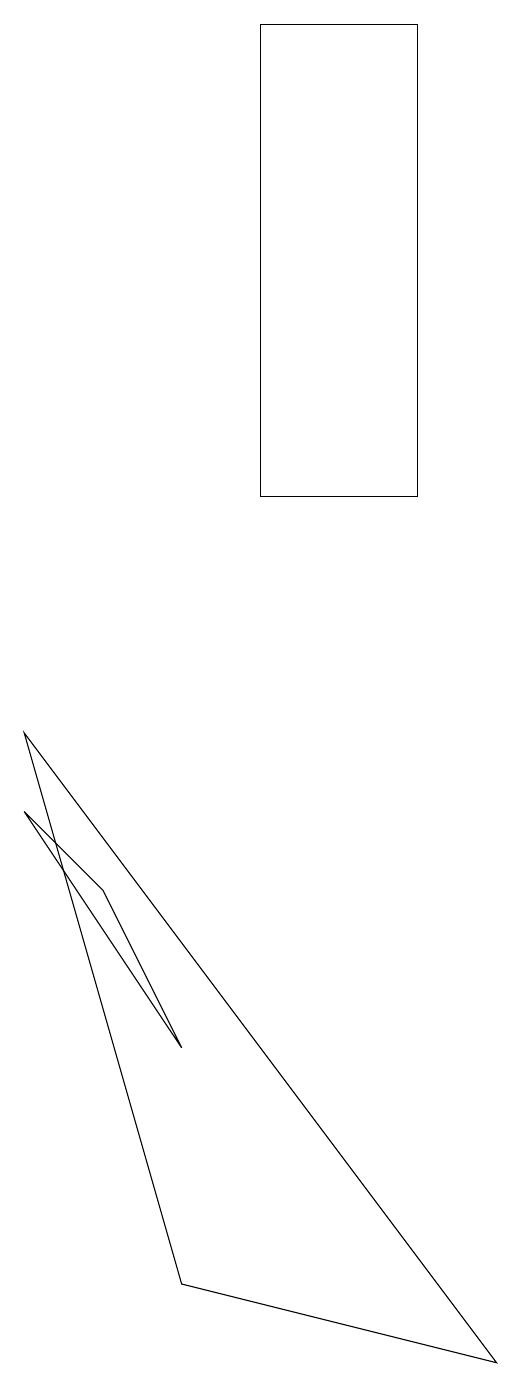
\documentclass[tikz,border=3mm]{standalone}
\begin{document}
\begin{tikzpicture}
\draw (2,4) -- (0,7) -- (1,6) -- cycle;
\draw (3,17) rectangle (5,11);
\draw (6,0) -- (0,8) -- (2,1) -- cycle;
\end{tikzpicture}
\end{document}